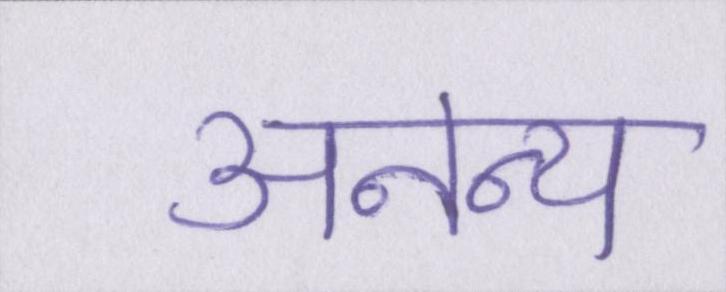
अनन्य